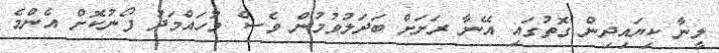
ލީނާ ކިޔައިދިން ގޮތުގައި އޭނާ ރަށަށް ބަދަލުވުމުން ވެސް މުހައްމަދު ފޯނުކޮށް އެންމެ